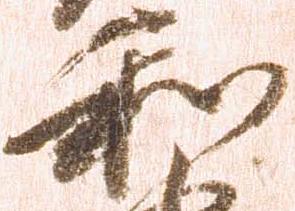
和